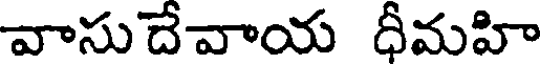
వాసుదేవాయ ధీమహి